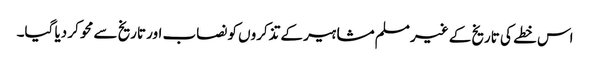
اس خطے کی تاریخ کے غیر مسلم مشاہیر کے تذکروں کو نصاب اور تاریخ سے محو کر دیا گیا۔